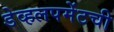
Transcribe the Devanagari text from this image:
डेव्हलपमेंटची